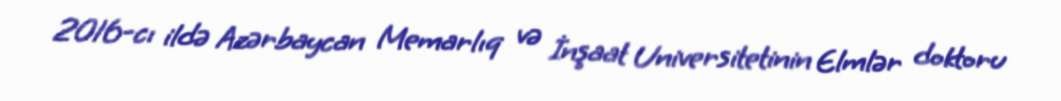
2016-cı ildə Azərbaycan Memarlıq və İnşaat Universitetinin Elmlər doktoru